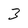
Character: 3